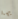
بها